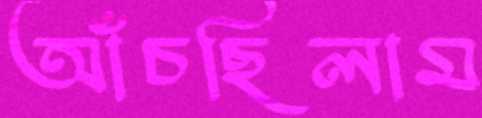
আঁচছিলাম